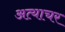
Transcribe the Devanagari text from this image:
अत्याचर